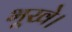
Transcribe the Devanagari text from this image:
भूखे।